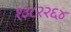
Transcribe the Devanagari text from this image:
१३८२२६४